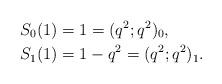
LaTeX: \begin{align*}S_0(1)&=1=(q^2;q^2)_0,\\S_1(1)&=1-q^2=(q^2;q^2)_1.\end{align*}